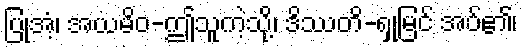
ပြုအံ့၊ အယမိဝ-ဤသူကဲ့သို့၊ ဒိဿတိ-ရှုမြင် အပ်၏၊